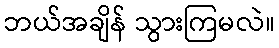
ဘယ်အချိန် သွားကြမလဲ။